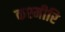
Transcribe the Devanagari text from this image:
कश्मीरि